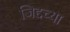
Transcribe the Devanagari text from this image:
जिद्दच्या